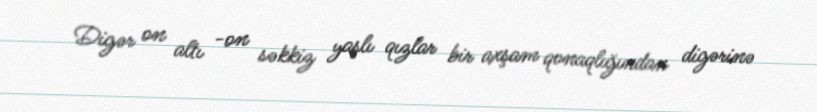
Digər on altı -on səkkiz yaşlı qızlar bir axşam qonaqlığından digərinə